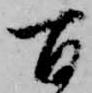
百